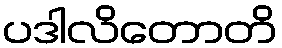
ပဒါလိတောတိ